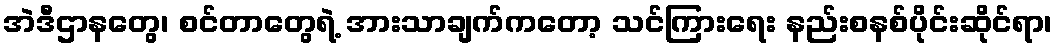
အဲဒီဌာနတွေ၊ စင်တာတွေရဲ့ အားသာချက်ကတော့ သင်ကြားရေး နည်းစနစ်ပိုင်းဆိုင်ရာ၊